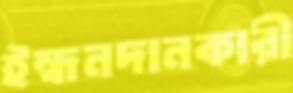
ইন্ধনদানকারী